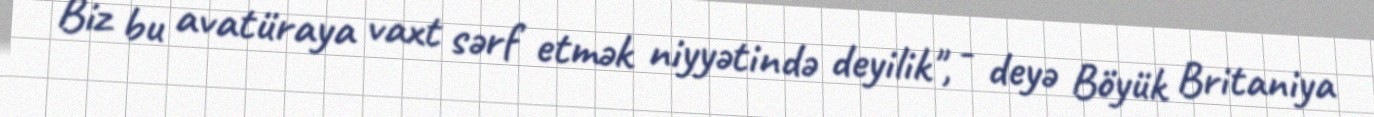
Biz bu avatüraya vaxt sərf etmək niyyətində deyilik", - deyə Böyük Britaniya